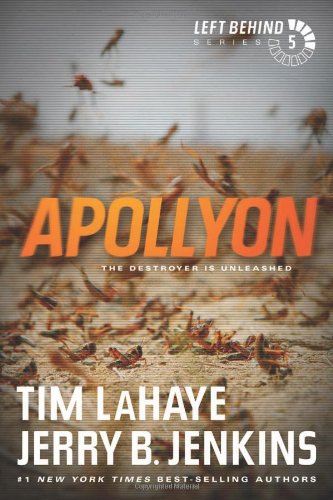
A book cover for Apollyon: The Destroyer Is Unleashed (Left Behind); Tim LaHaye; Christian Books & Bibles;